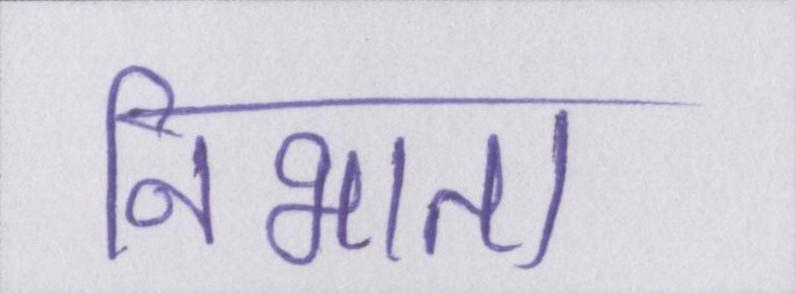
निभाता